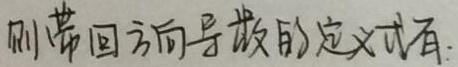
则带回方向导数的定义式有: